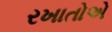
રખાતોએ